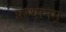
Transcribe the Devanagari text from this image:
प्रस्थानम्